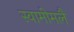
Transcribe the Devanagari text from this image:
स्वामीमलै